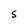
Character: S